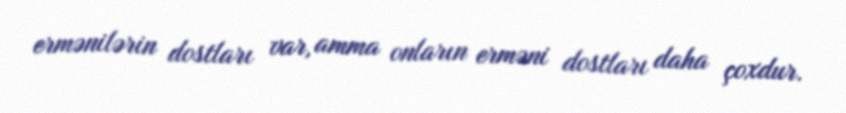
ermənilərin dostları var, amma onların erməni dostları daha çoxdur.